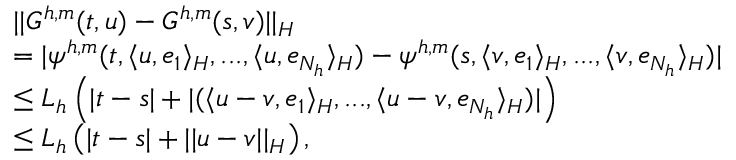
\begin{array} { r l } & { | | G ^ { h , m } ( t , u ) - G ^ { h , m } ( s , v ) | | _ { H } } \\ & { = | \psi ^ { h , m } ( t , \langle u , e _ { 1 } \rangle _ { H } , . . . , \langle u , e _ { N _ { h } } \rangle _ { H } ) - \psi ^ { h , m } ( s , \langle v , e _ { 1 } \rangle _ { H } , . . . , \langle v , e _ { N _ { h } } \rangle _ { H } ) | } \\ & { \leq L _ { h } \left( | t - s | + | ( \langle u - v , e _ { 1 } \rangle _ { H } , . . . , \langle u - v , e _ { N _ { h } } \rangle _ { H } ) | \right) } \\ & { \leq L _ { h } \left( | t - s | + | | u - v | | _ { H } \right) , } \end{array}